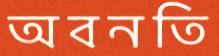
অবনতি